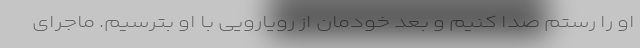
او را رستم صدا کنیم و بعد خودمان از رویارویی با او بترسیم. ماجرای